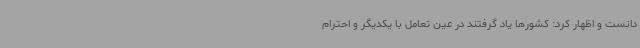
دانست و اظهار کرد: کشورها یاد گرفتند در عین تعامل با یکدیگر و احترام